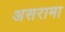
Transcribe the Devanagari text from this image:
असरामा